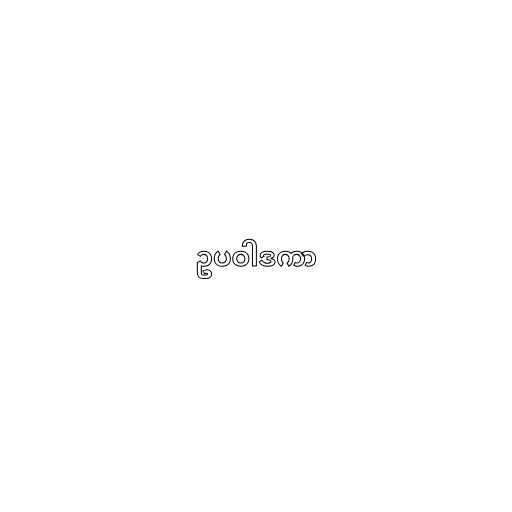
ဥပဝါဒကာ